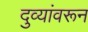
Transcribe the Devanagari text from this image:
दुव्यांवरून